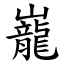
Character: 巃